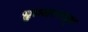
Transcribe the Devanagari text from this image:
शुक्रवारपासून